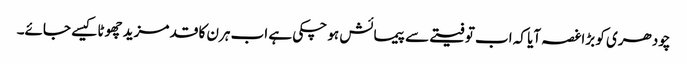
چودھری کو بڑاغصہ آیا کہ اب تو فیتے سے پیمائش ہو چکی ہے اب ہرن کا قد مزید چھوٹا کیسے جائے۔